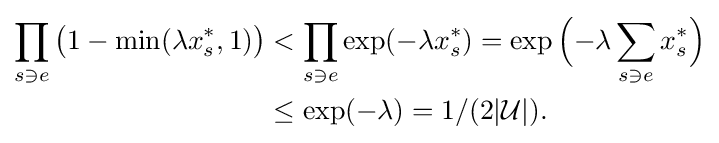
{\begin{aligned}\prod _{s\ni e}{\big (}1-\min(\lambda x_{s}^{*},1){\big )}&<\prod _{s\ni e}\exp({-}\lambda x_{s}^{*})=\exp {\Big (}{-}\lambda \sum _{s\ni e}x_{s}^{*}{\Big )}\\&\leq \exp({-}\lambda )=1/(2|{\mathcal {U}}|).\end{aligned}}